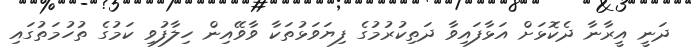
ދަނީ އީރާނާ ދެކޮޅަށް އަޅާފައިވާ ދަތިކުރުމުގެ ފިޔަވަޅުތަކާ ވާވޭއިން ހިލާފުވި ކަމުގެ ތުހުމަތުގައި